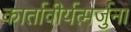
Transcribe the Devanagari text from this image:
कार्तावीर्यत्मर्जुना